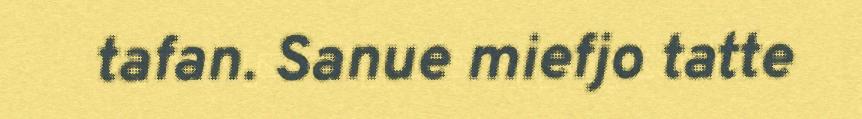
tafan. Sanue miefjo tatte